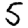
Digit: 5